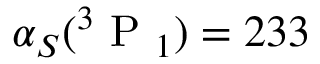
\alpha _ { S } ( ^ { 3 } \mathrm { ~ P ~ } _ { 1 } ) = 2 3 3